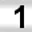
Digit: 1